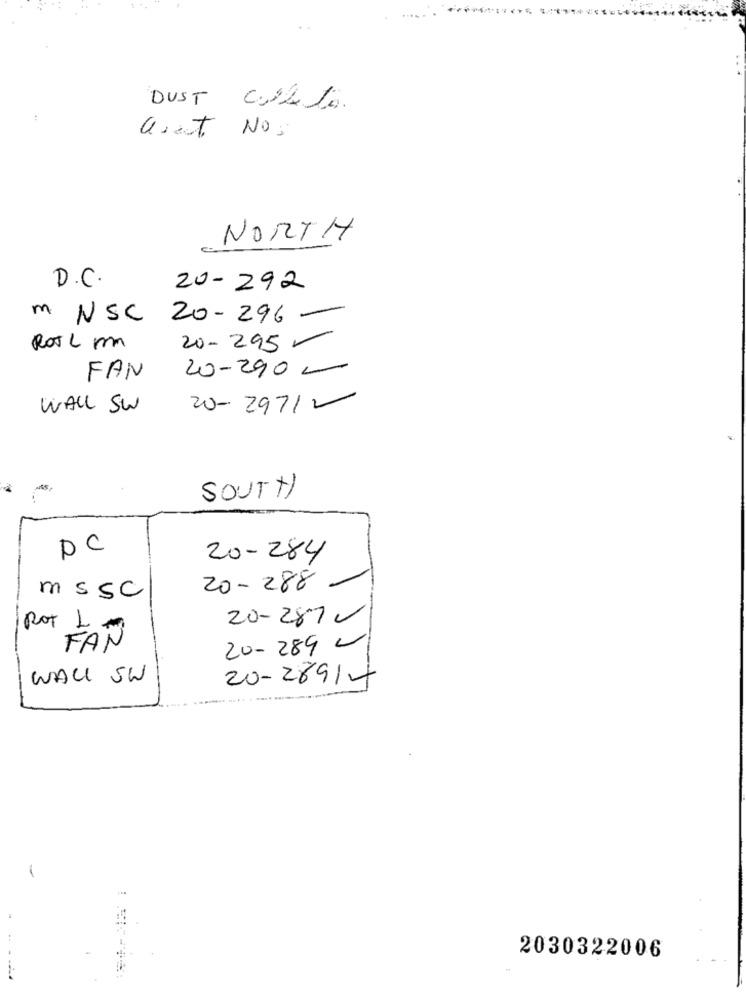
DUST Call.
:
Get Nos
NORTH
D.C.
20- 292
m NSC 20- 296
ROT 2 mm
20- 295 -
20-2900
FAN
WALL SW
20-29712
SOUTH
PC
20- 284
20- 288
ms SC
20-2870
ROT L.
FAN
20- 289 0
WALL SW
20-26914
2030322006